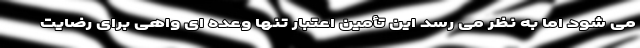
می شود اما به نظر می رسد این تأمین اعتبار تنها وعده ای واهی برای رضایت